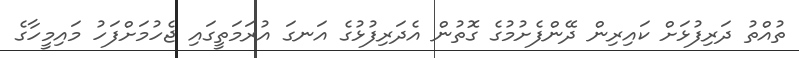
ތުއްތު ދަރިފުޅަށް ކައިރިން ދޭންފެށުމުގެ ގޮތުން އެދަރިފުޅުގެ އަނގަ އުރަމަތީގައި ޖެހުމަށްފަހު މައިމީހާގެ